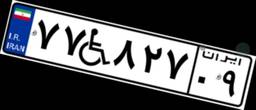
۶۲W۱۵۰۹۵